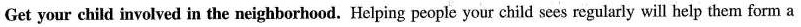
Get your child involved in the neighborhood. Helping people your child sees regularly will help them form a